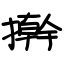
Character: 擀